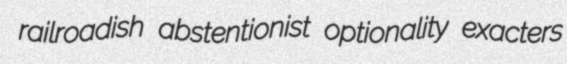
railroadish abstentionist optionality exacters